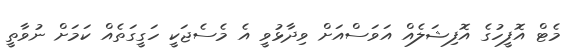
މެޓް އޮފީހުގެ އޮފިޝަލެއް އަވަސްއަށް ވިދާޅުވީ އެ މެސެޖަކީ ހަގީގަތެއް ކަމަށް ނުވާތީ